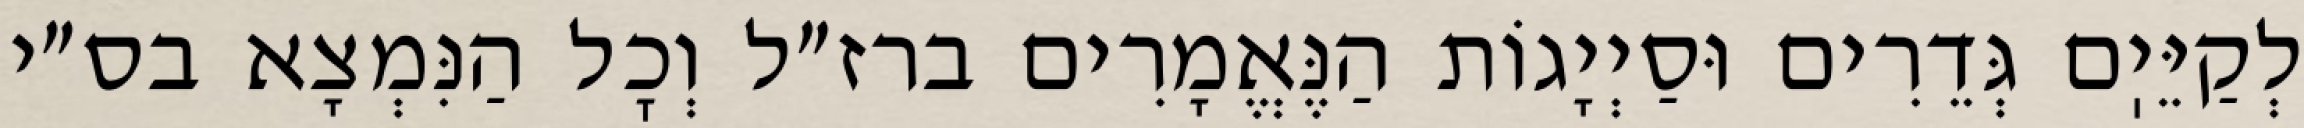
לְקַיֵּיֽם גְּדֵרִים וּסַיְיָגוֹת הַנֶּאֱמָרִים ברז״ל וְכׇל הַנִּמְצָא בס״י